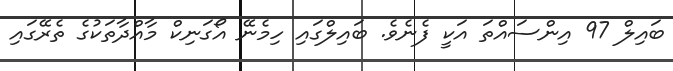
ބައިލް 97 އިންސައްތަ އަކީ ފެނެވެ. ބައިލްގައި ހިމެނޭ އޯގަނިކް މާއްދާތަކުގެ ތެރޭގައި